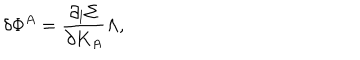
\delta \Phi ^ { A } = { \frac { \partial _ { l } \Sigma } { \partial K _ { A } } } \Lambda ,